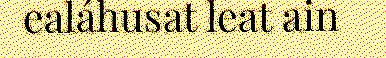
ealáhusat leat ain